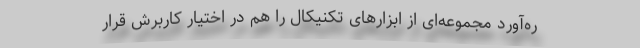
ره‌آورد مجموعه‌ای از ابزارهای تکنیکال را هم در اختیار کاربرش قرار